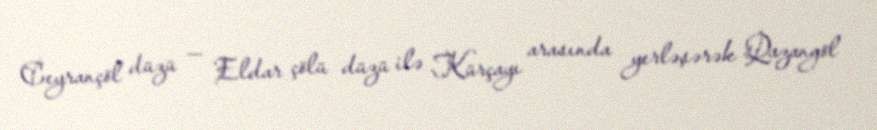
Ceyrançöl düzü — Eldar çölü düzü ilə Kürçayı arasında yerləşərək Qazangöl